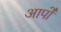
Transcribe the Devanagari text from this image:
आपो॑